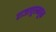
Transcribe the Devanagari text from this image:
राजापूरमधून